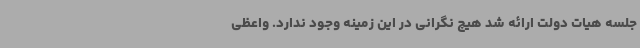
جلسه هیات دولت ارائه شد هیچ نگرانی در این زمینه وجود ندارد. واعظی